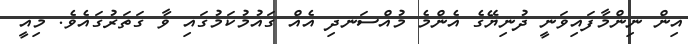
އިން ނިންމާފައިވަނީ ދުނިޔޭގެ އެންމެ މުއްސަނދި އެއް ގައުމުކަމުގައި ވާ ގަތަރުގައެވެ. މިއީ